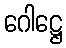
ဂေါဋ္ဌေ